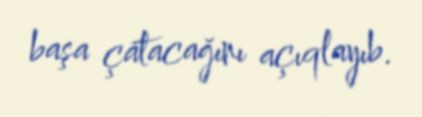
başa çatacağını açıqlayıb.